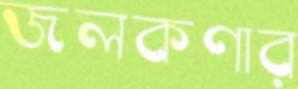
জলকণার